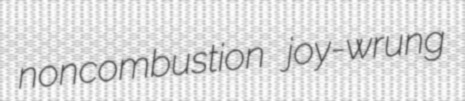
noncombustion joy-wrung